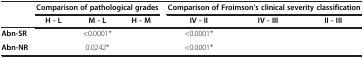
<table><thead><tr><td>[EMPTY_CELL]</td><td colspan="3"><b>Comparison of pathological grades</b></td><td colspan="3"><b>Comparison of Froimson’s clinical severity classification</b></td></tr><tr><td>[EMPTY_CELL]</td><td><b>H - L</b></td><td><b>M - L</b></td><td><b>H - M</b></td><td><b>IV - II</b></td><td><b>IV - III</b></td><td><b>II - III</b></td></tr></thead><tbody><tr><td><b>Abn-SR</b></td><td>[EMPTY_CELL]</td><td>&lt;0.0001*</td><td>[EMPTY_CELL]</td><td>&lt;0.0001*</td><td>[EMPTY_CELL]</td><td>[EMPTY_CELL]</td></tr><tr><td><b>Abn-NR</b></td><td>[EMPTY_CELL]</td><td>0.0242*</td><td>[EMPTY_CELL]</td><td>&lt;0.0001*</td><td>[EMPTY_CELL]</td><td>[EMPTY_CELL]</td></tr></tbody></table>